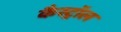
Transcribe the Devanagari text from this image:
कैस्ट्रॉल